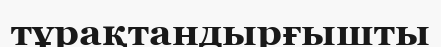
тұрақтандырғышты